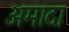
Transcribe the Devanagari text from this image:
अमादा